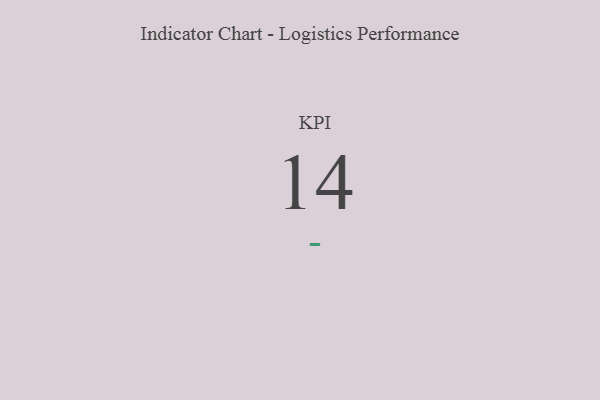
{"axis": {"x": "KPI", "y": "Value"}, "legend": [""], "data": [{"x": "KPI", "y": 14, "type": ""}]}